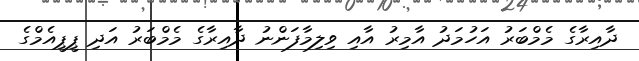
ދާއިރާގެ މެމްބަރު އަހުމަދު އާމިރު އާއި ވިލިމާފަންނު ދާއިރާގެ މެމްބަރު އަދި ޕީޕީއެމްގެ